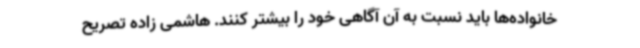
خانواده‌ها باید نسبت به آن آگاهی خود را بیشتر کنند. هاشمی زاده تصریح